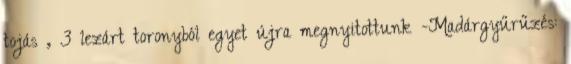
tojás , 3 lezárt toronyból egyet újra megnyitottunk -Madárgyűrűzés: